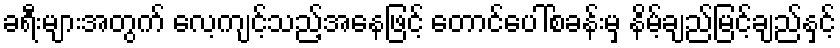
ခရီးများအတွက် လေ့ကျင့်သည့်အနေဖြင့် တောင်ပေါ်စခန်းမှ နိမ့်ချည်မြင့်ချည်နှင့်